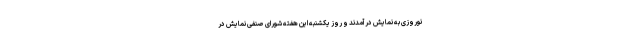
نوروزی به نمایش درآمدند و روز یکشنبه این هفته شورای صنفی نمایش در